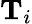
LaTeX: \textbf{T}_{i}